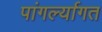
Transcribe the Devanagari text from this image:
पांगर्ल्यागत